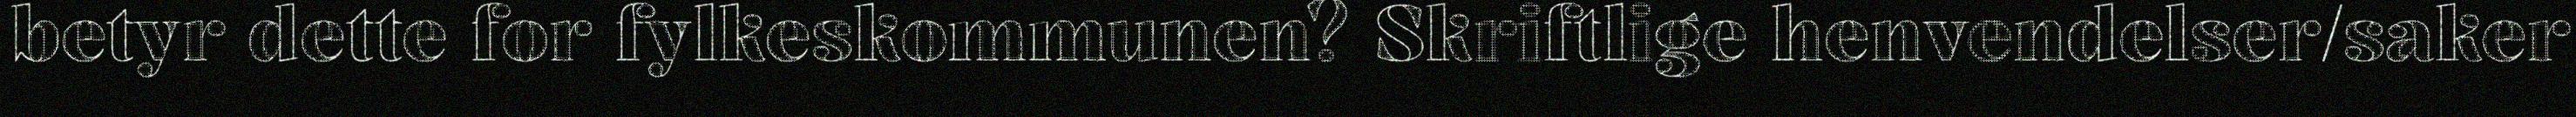
betyr dette for fylkeskommunen? Skriftlige henvendelser/saker